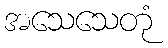
အသေသေတုံ